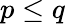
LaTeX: p\le q